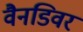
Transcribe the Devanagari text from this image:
वैनडिवर